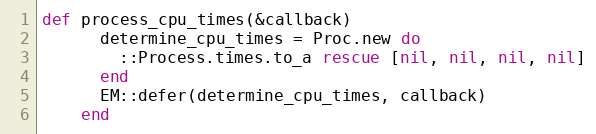
Language: Ruby
def process_cpu_times(&callback)
      determine_cpu_times = Proc.new do
        ::Process.times.to_a rescue [nil, nil, nil, nil]
      end
      EM::defer(determine_cpu_times, callback)
    end